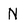
Character: N